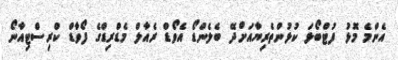
އެންމެ މޮޅު ފުޓްބޯޅަ ކުޅުންތެރިޔާއަށްދޭ ބެލެންޑޯ އެވޯޑް ރެއާލް މެޑްރިޑްގެ ފޯވާޑް ކްރިސްޓިއާނޯ